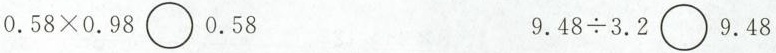
0.58\times0.98\bigcirc0.58 9.48\div3.2\bigcirc9.48